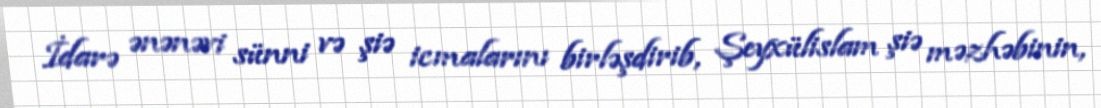
İdarə ənənəvi sünni və şiə icmalarını birləşdirib, Şeyxülislam şiə məzhəbinin,